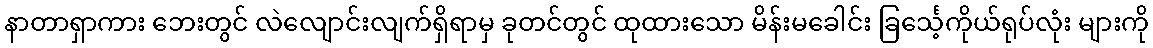
နာတာရှာကား ဘေးတွင် လဲလျောင်းလျက်ရှိရာမှ ခုတင်တွင် ထုထားသော မိန်းမခေါင်း ခြင်္သေ့ကိုယ်ရုပ်လုံး များကို